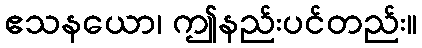
ဧသနယော၊ ဤနည်းပင်တည်း။